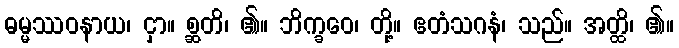
ဓမ္မဿဝနာယ၊ ငှာ။ စ္ဆတိ၊ ၏။ ဘိက္ခဝေ၊ တို့။ ဧတံသဂနံ၊ သည်။ အတ္ထိ၊ ၏။